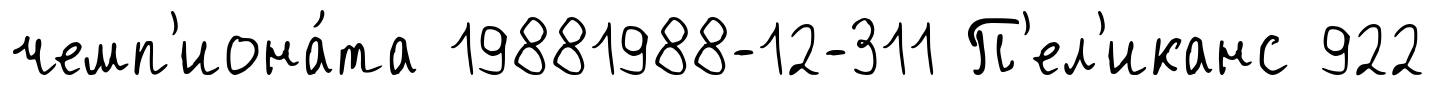
чемп'иона́та 19881988-12-311 П'ел'иканс 922